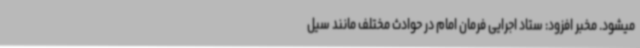
میشود. مخبر افزود: ستاد اجرایی فرمان امام در حوادث مختلف مانند سیل